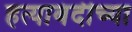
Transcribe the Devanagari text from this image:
हत्याबंदीच्या